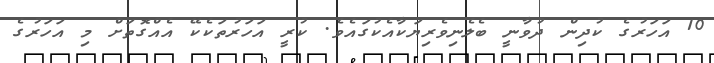
10 އަހަރުގެ ކުދިން ދުވާނީ ބެލެނިވެރިޔަކާއެކުގައެވެ. ކުރީ އަހަރުތަކެކޭ އެއްގޮތަށް މި އަހަރުގެ